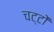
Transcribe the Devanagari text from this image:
चट्टों